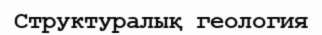
Структуралық геология